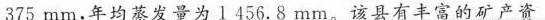
375mm，年均蒸发量为l456.8mm。该县有丰富的矿产资